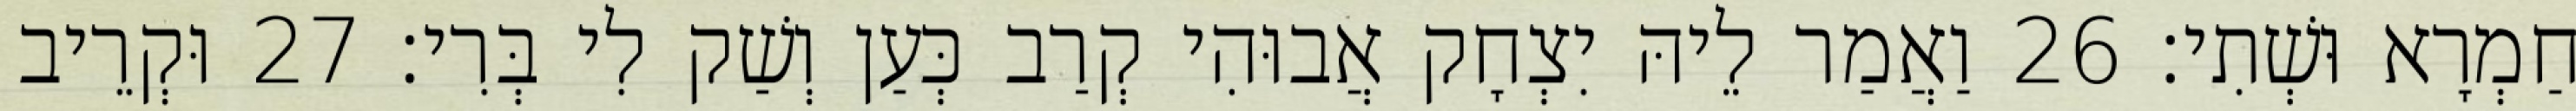
חַמְרָא וּשְׁתִי׃ 26 וַאֲמַר לֵיהּ יִצְחָק אֲבוּהִי קְרַב כְּעַן וְשַׁק לִי בְּרִי׃ 27 וּקְרֵיב